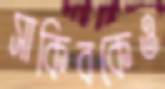
সাকিবকেও